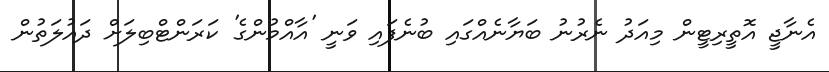
އެނާޖީ އޮތީރިޓީން މިއަދު ނެރުނު ބަޔާނެއްގައި ބުނެފައި ވަނީ 'އާއްމުންގެ' ކަރަންޓްބިލަށް ދައުލަތުން